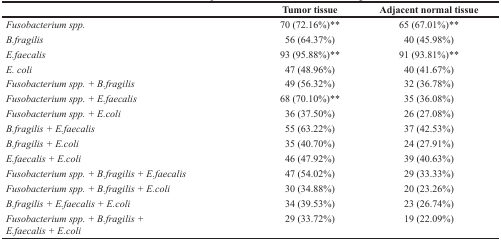
<table><thead><tr><td></td><td><b>Tumor tissue</b></td><td><b>Adjacent normal tissue</b></td></tr></thead><tbody><tr><td><i>Fusobacterium spp.</i></td><td>70 (72.16%)**</td><td>65 (67.01%)**</td></tr><tr><td><i>B.fragilis</i></td><td>56 (64.37%)</td><td>40 (45.98%)</td></tr><tr><td><i>E.faecalis</i></td><td>93 (95.88%)**</td><td>91 (93.81%)**</td></tr><tr><td><i>E. coli</i></td><td>47 (48.96%)</td><td>40 (41.67%)</td></tr><tr><td><i>Fusobacterium spp. + B.fragilis</i></td><td>49 (56.32%)</td><td>32 (36.78%)</td></tr><tr><td><i>Fusobacterium spp. + E.faecalis</i></td><td>68 (70.10%)**</td><td>35 (36.08%)</td></tr><tr><td><i>Fusobacterium spp. + E.coli</i></td><td>36 (37.50%)</td><td>26 (27.08%)</td></tr><tr><td><i>B.fragilis + E.faecalis</i></td><td>55 (63.22%)</td><td>37 (42.53%)</td></tr><tr><td><i>B.fragilis + E.coli</i></td><td>35 (40.70%)</td><td>24 (27.91%)</td></tr><tr><td><i>E.faecalis + E.coli</i></td><td>46 (47.92%)</td><td>39 (40.63%)</td></tr><tr><td><i>Fusobacterium spp. + B.fragilis + E.faecalis</i></td><td>47 (54.02%)</td><td>29 (33.33%)</td></tr><tr><td><i>Fusobacterium spp. + B.fragilis + E.coli</i></td><td>30 (34.88%)</td><td>20 (23.26%)</td></tr><tr><td><i>B.fragilis + E.faecalis + E.coli</i></td><td>34 (39.53%)</td><td>23 (26.74%)</td></tr><tr><td><i>Fusobacterium spp. + B.fragilis +</i></td><td>29 (33.72%)</td><td>19 (22.09%)</td></tr><tr><td><i>E.faecalis + E.coli</i></td><td></td><td></td></tr></tbody></table>